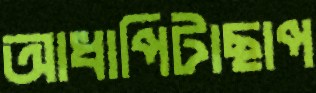
আধাপিটাছাপ